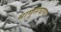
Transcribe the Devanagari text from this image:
माणूसघाणा